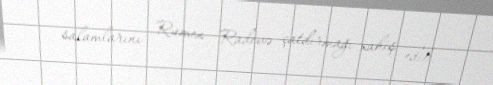
salamlarını Rumen Radevə çatdırmağı xahiş edib.